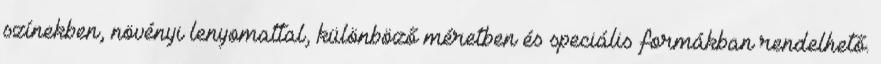
színekben, növényi lenyomattal, különböző méretben és speciális formákban rendelhető.